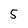
Character: 5